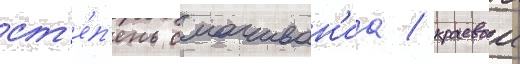
ст'е́п'ень смачиван'иа / краевои